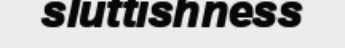
sluttishness